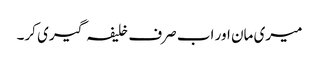
میری مان اور اب صرف خلیفہ گیری کر۔